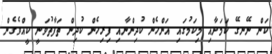
ކަން ނޭނގޭ ކަމަށާއި މިކަމުގައި އަންހެން ކުދިންނާއި ފިރިހެން ކުދިން ތަފާތުވަނީ ކީއްވެގެން